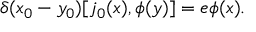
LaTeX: \delta ( x _ { 0 } - y _ { 0 } ) [ j _ { 0 } ( x ) , \phi ( y ) ] = e \phi ( x ) .